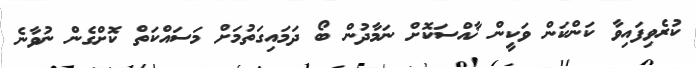
ކުރެވިފައިވާ ކަންކަން ވަކީން ޚާއްސަކޮށް ނަމާދުން ބޯ ދަމައިގަތުމަށް މަސައްކަތް ކޮށްގެން ނުވާނެ